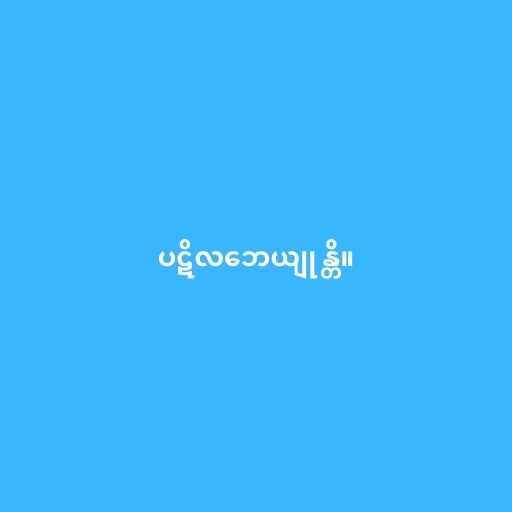
ပဋိလဘေယျုန္တိ။